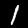
Digit: 1